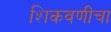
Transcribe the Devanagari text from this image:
शिकवणींचा